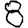
Digit: 8